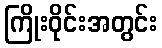
ကြိုးဝိုင်းအတွင်း